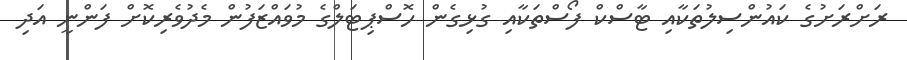
ރަށްރަށުގެ ކައުންސިލުތަކާއި ޓާސްކް ފޯސްތަކާއި ގުޅިގެން ހޮސްޕިޓަލްގެ މުވައްޒަފުން މެދުވެރިކޮށް ފަންނީ އަދި